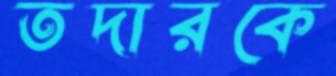
তদারকে